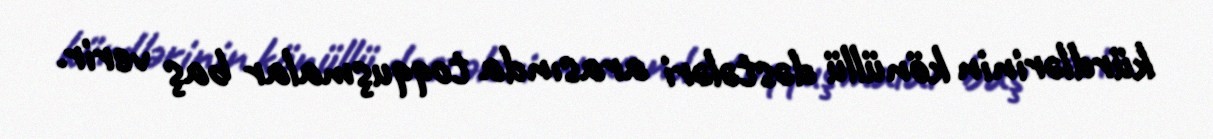
kürdlərinin könüllü dəstələri arasında toqquşmalar baş verir.